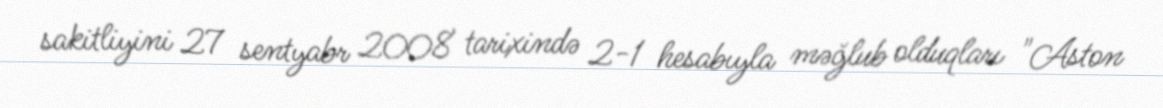
sakitliyini 27 sentyabr 2008 tarixində 2-1 hesabıyla məğlub olduqları "Aston